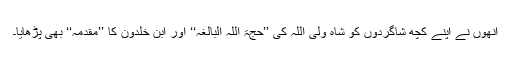
انھوں نے اپنے کچھ شاگردوں کو شاہ ولی اللہ کی ’’حجۃ اللہ البالغہ‘‘ اور ابن خلدون کا ’’مقدمہ‘‘ بھی پڑھایا۔